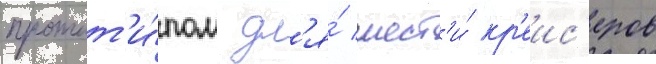
протот'и́пом дл'я́ шест'и́ кр'еис'еров